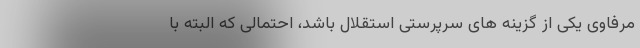
مرفاوی یکی از گزینه های سرپرستی استقلال باشد، احتمالی که البته با